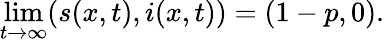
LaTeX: \operatorname*{lim}_{t\rightarrow\infty}(s(x,t),i(x,t))=(1-p,0).